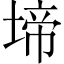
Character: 𭏅